Source: Handwritten
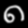
Digit: ၈ (8)